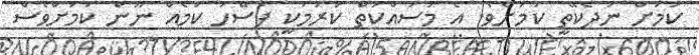
ކަމަށް ނުދެކޭތީ ކަމަށެވެ. އެ މަސައްކަތް ކުރުމަކީ ފަސޭހަ ކަމެއް ނޫން ކަމަށްވެސް